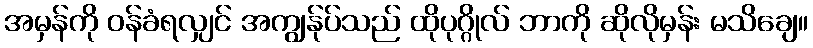
အမှန်ကို ဝန်ခံရလျှင် အကျွန်ုပ်သည် ထိုပုဂ္ဂိုလ် ဘာကို ဆိုလိုမှန်း မသိချေ။